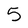
Character: 5